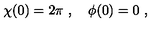
\chi ( 0 ) = 2 \pi \ , \quad \phi ( 0 ) = 0 \ ,